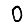
Digit: 0